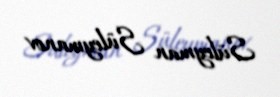
Süleyman Süleymanov